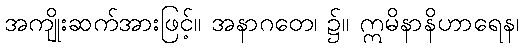
အကျိုးဆက်အားဖြင့်။ အနာဂတေ၊ ၌။ ဣမိနာနိဟာရေန၊